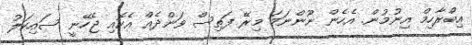
އިބްރާހިމް އިނުމުން. އެހެން ނޫންނަމަ މިރޭ ފަތިސް ވަންދެއް އެކޮއި ޖެހޭނީ ސައިކަލު